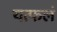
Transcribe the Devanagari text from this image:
यत्फलं